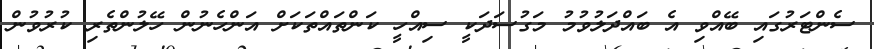
ސެންޓަރުގައި ބޭއްވި އެ ބައްދަލުވުމު މަގުސަދަކީ ސިއްހީ ކަންތައްތަކަށް އަންހެނުން ހޭލުންތެރި ކުރުވުން